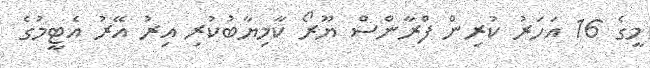
މީގެ 16 އަހަރު ކުރިން ފްރާންސް ޔޫރޯ ކާމިޔާބުކުރި އިރު އޭރު އެޓީމުގެ